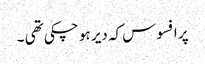
پر افسوس کہ دیر ہو چکی تھی ۔